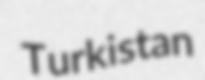
Turkistan